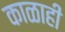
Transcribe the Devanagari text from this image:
काळाही